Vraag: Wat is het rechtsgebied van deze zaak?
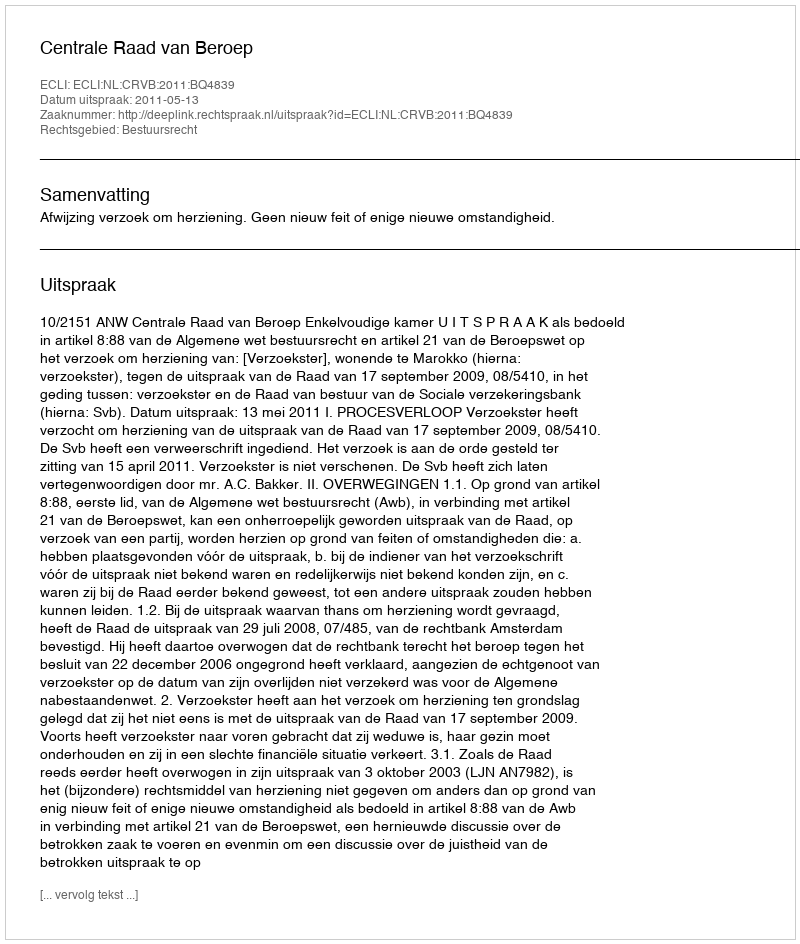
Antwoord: Bestuursrecht